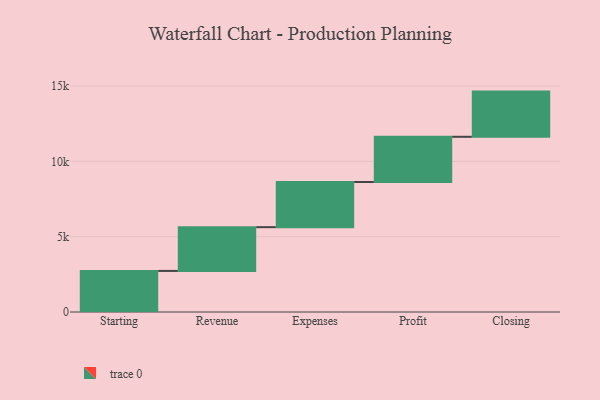
{"axis": {"x": "Step", "y": "Value"}, "legend": [""], "data": [{"x": "Starting", "y": 2727.0, "type": ""}, {"x": "Revenue", "y": 2905.0, "type": ""}, {"x": "Expenses", "y": 3000, "type": ""}, {"x": "Profit", "y": 3000, "type": ""}, {"x": "Closing", "y": 3000, "type": ""}]}